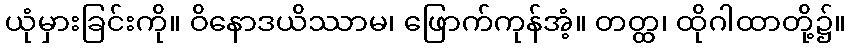
ယုံမှားခြင်းကို။ ဝိနောဒယိဿာမ၊ ဖြောက်ကုန်အံ့။ တတ္ထ၊ ထိုဂါထာတို့၌။